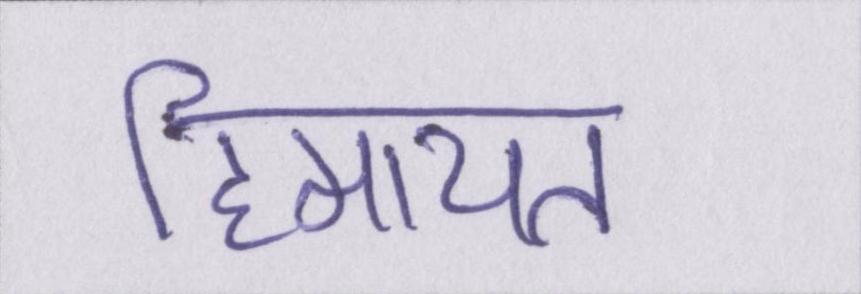
हिमायत